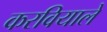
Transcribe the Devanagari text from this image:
करवियाले